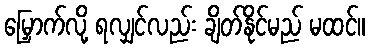
မြှောက်လို့ ရလျှင်လည်း ချိတ်နိုင်မည် မထင်။